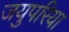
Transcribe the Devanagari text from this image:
जयुपरिया